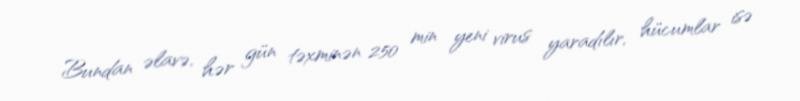
Bundan əlavə, hər gün təxminən 250 min yeni virus yaradılır, hücumlar isə